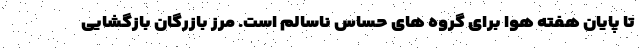
تا پایان هفته هوا برای گروه های حساس ناسالم است. مرز بازرگان بازگشایی